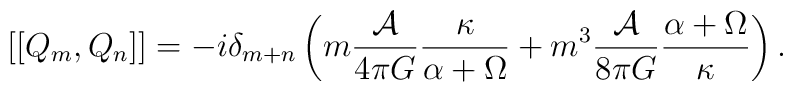
\left[ \left[ Q_{m} ,Q_{n} \right] \right] = - i\delta _{m+n}  \left( m\frac{{\cal A}}{4\pi G} \frac{\kappa}{\alpha  +\Omega } + m^{3} \frac{{\cal A}}{8\pi G} \frac{\alpha  +\Omega }{\kappa} \right).